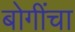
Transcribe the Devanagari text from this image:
बोगींचा